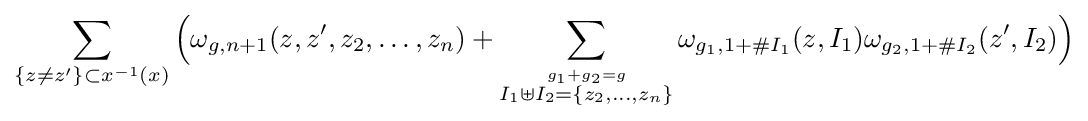
\sum _{\{z\neq z'\}\subset x^{-1}(x)}{\Big (}\omega _{g,n+1}(z,z',z_{2},\dots ,z_{n})+\sum _{\overset {g_{1}+g_{2}=g}{I_{1}\uplus I_{2}=\{z_{2},\dots ,z_{n}\}}}\omega _{g_{1},1+\#I_{1}}(z,I_{1})\omega _{g_{2},1+\#I_{2}}(z',I_{2}){\Big )}